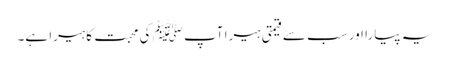
یہ پیارا اور سب سے قیمتی ہیرا آپ ﷺ کی محبت کا ہیرا ہے۔